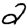
Digit: 2